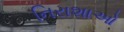
નિરાશાઓ